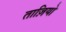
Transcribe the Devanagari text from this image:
ताज़ियो